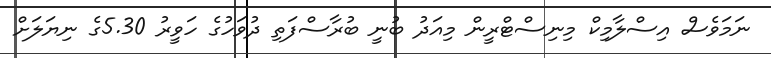
ނަމަވެސް އިސްލާމިކް މިނިސްޓްރީން މިއަދު ބުނީ ބުރާސްފަތި ދުވަހުގެ ހަވީރު 5.30ގެ ނިޔަލަށް